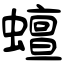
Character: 蟺